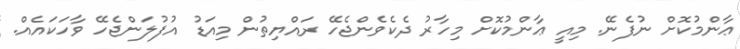
ޢާންމުކޮށް ނުފެނޭ. މިއީ ޢާންމުކޮށް މިހާރު ދެކެވެންޖެހޭ ރައްޔިތުން މިއަޑު އުފުލަންޖެހޭ ވާހަކައެއް.